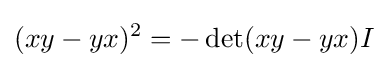
(xy-yx)^{2}=-\det(xy-yx)I